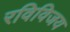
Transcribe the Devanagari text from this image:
रविविजय